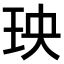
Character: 𤤠